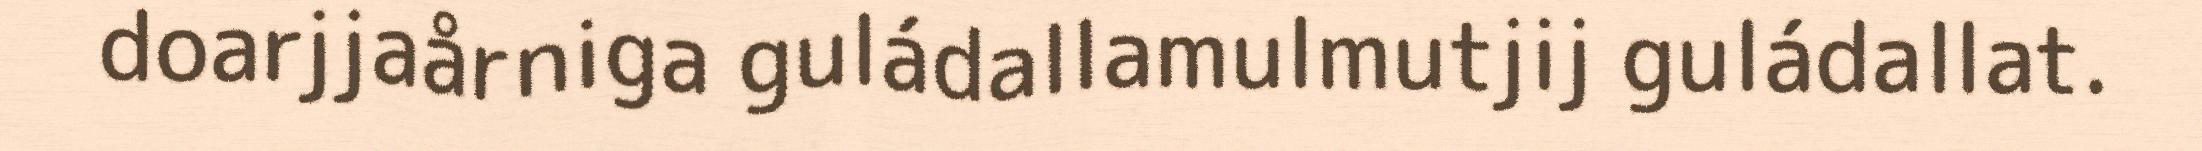
doarjjaårniga guládallamulmutjij guládallat.